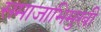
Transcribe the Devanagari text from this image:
समाजाभिमुखी